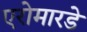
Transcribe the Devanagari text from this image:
एरोमारडे